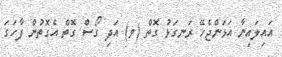
އައިލައިނާ އަޅަންޖެހޭ ރަނގަޅު ގޮތް (ވ) އަދި ގޯސް ގޮތް އެގޮތުން ފާހަގަ